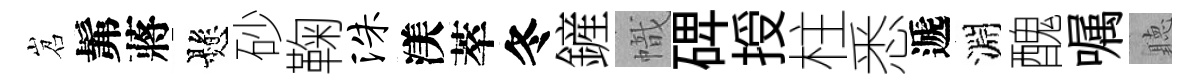
岧髴蔣懸砂鞠洙渼萃冬鏟幟𥓓授柱悉遞淵醜嘱聽